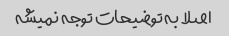
اصلا به توضیحات توجه نمیشه